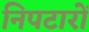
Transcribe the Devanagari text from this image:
निपटारों